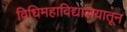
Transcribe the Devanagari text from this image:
विधिमहाविद्यालयातून